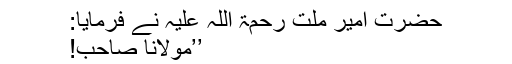
حضرت امیر ملت رحمۃ اللہ علیہ نے فرمایا:
’’مولانا صاحب!